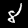
Label: 8